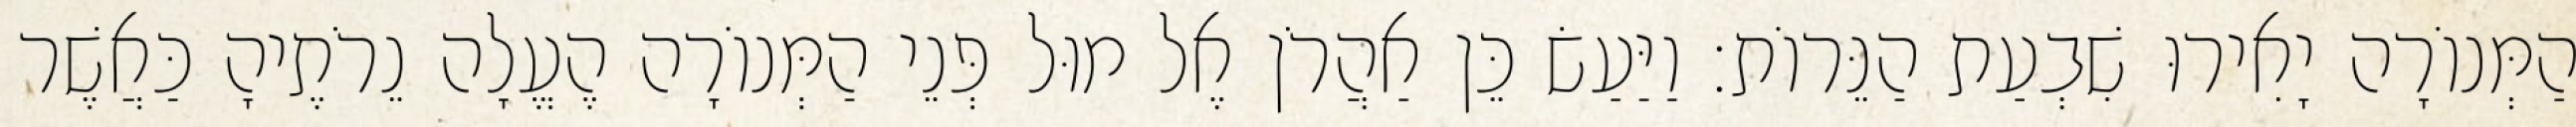
הַמְּנוֹרָה יָאִירוּ שִׁבְעַת הַנֵּרוֹת׃ וַיַּעַשׂ כֵּן אַהֲרֹן אֶל מוּל פְּנֵי הַמְּנוֹרָה הֶעֱלָה נֵרֹתֶיהָ כַּאֲשֶׁר